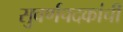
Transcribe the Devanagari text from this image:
सुवर्णपदकांची